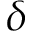
\delta